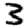
Digit: 3